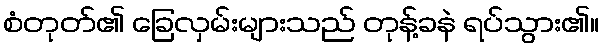
စံတုတ်၏ ခြေလှမ်းများသည် တုန့်ခနဲ ရပ်သွား၏။